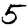
Digit: 5